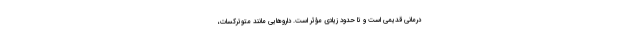
درمانی قدیمی است و تا حدود زیادی مؤثر است. دارو‌هایی مانند متوترکسات،